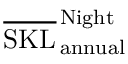
\overline { { \mathrm { S K L } } } _ { \, \mathrm { a n n u a l } } ^ { \, \mathrm { N i g h t } }